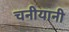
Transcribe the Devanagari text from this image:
चनीयानी